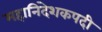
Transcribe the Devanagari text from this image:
महानिदेशकपदी